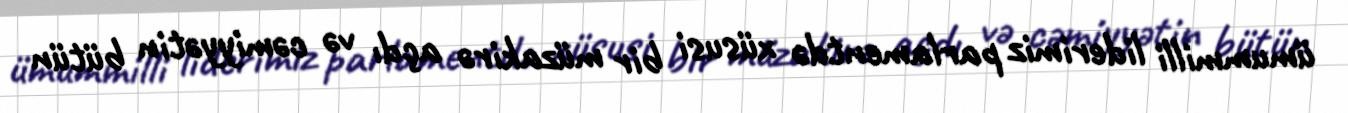
ümummilli liderimiz parlamentdə xüsusi bir müzakirə açdı və cəmiyyətin bütün